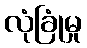
လုံခြုံမှု